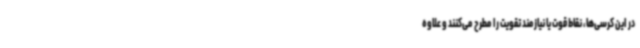
در این کرسی‌ها، نقاط قوت یا نیازمند تقویت را مطرح می‌کنند و علاوه